Annual administration report of the Civil Veterinary Department of India - 1902-1903
Year: 1902
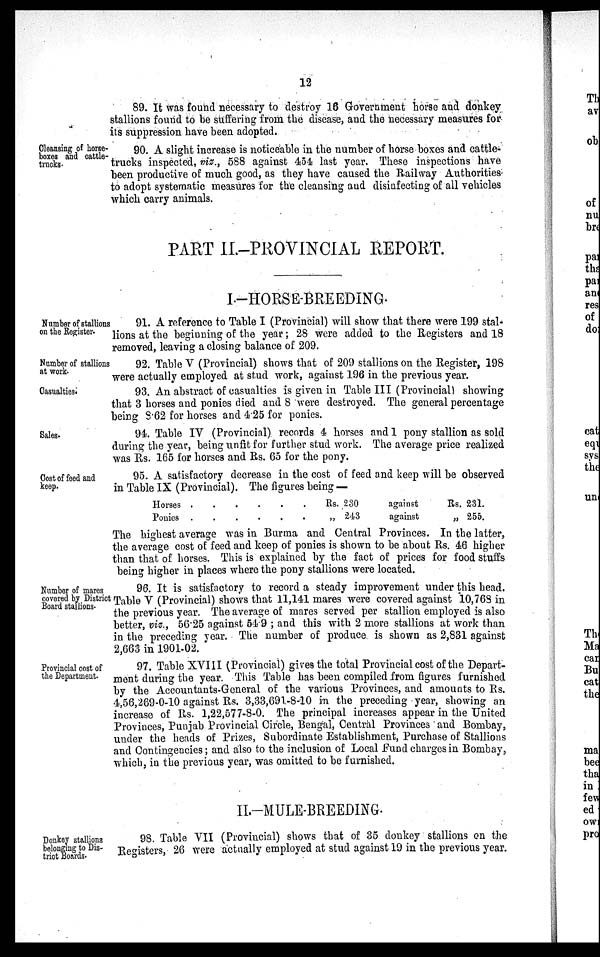
12
89. It was found necessary to destroy 16 Government horse and donkey
stallions found to be suffering from the disease, and the necessary measures for
its suppression have been adopted.
Cleansing of horse-
boxes and cattle-
trucks.
90. A slight increase is noticeable in the number of horse boxes and cattle-
trucks inspected, viz., 588 against 454 last year. These inspections have
been productive of much good, as they have caused the Railway Authorities
to adopt systematic measures for the cleansing and disinfecting of all vehicles
which carry animals.
PART II.-PROVINCIAL REPORT.
I—HORSE-BREEDING.
Number of stallions
on the Register.
91. A reference to Table I (Provincial) will show that there were 199 stal-
lions at the beginning of the year; 28 were added to the Registers and 18
removed, leaving a closing balance of 209.
Number of stallions
at work.
92. Table V (Provincial) shows that of 209 stallions on the Register, 198
were actually employed at stud work, against 196 in the previous year.
Casualties.
93. An abstract of casualties is given in Table III (Provincial) showing
that 3 horses and ponies died and 8 were destroyed. The general percentage
being 8.62 for horses and 4.25 for ponies.
Sales.
94. Table IV (Provincial) records 4 horses and 1 pony stallion as sold
during the year, being unfit for further stud work. The average price realized
was Rs. 165 for horses and Rs. 65 for the pony.
Cost of feed and
keep.
95. A satisfactory decrease in the cost of feed and keep will be observed
in Table IX (Provincial). The figures being —
Horses
Pouies
.
.
.
.
.
.
.
.
.
.
.
Rs. 230
„ 243
against
against
Rs. 231.
„ 255.
The highest average was in Burma and Central Provinces. In the latter,
the average cost of feed and keep of ponies is shown to be about Rs. 46 higher
than that of horses. This is explained by the fact of prices for food stuffs
being higher in places where the pony stallions were located.
Number of mares
covered by District
Board stallions.
96. It is satisfactory to record a steady improvement under this head.
Table V (Provincial) shows that 11,141 mares were covered against 10,768 in
the previous year. The average of mares served per stallion employed is also
better, viz., 56.25 against 54.9 ; and this with 2 more stallions at work than
in the preceding year. The number of produce is shown as 2,831 against
2,663 in 1901-02.
Provincial cost of
the Department.
97. Table XVIII (Provincial) gives the total Provincial cost of the Depart-
ment during the year. This Table has been compiled from figures furnished
by the Accountants-General of the various Provinces, and amounts to Rs.
4,56,269-0-10 against Rs. 3,33,691-8-10 in the preceding year, showing an
increase of Rs. 1,22,577-8-0. The principal increases appear in the United
Provinces, Punjab Provincial Circle, Bengal, Central Provinces and Bombay,
under the heads of Prizes, Subordinate Establishment, Purchase of Stallions
and Contingencies; and also to the inclusion of Local Fund charges in Bombay,
which, in the previous year, was omitted to be furnished.
II.-MULE-BREEDING.
Donkey stallions
belonging to Dis-
trict Boards.
98. Table VII (Provincial) shows that of 35 donkey stallions on the
Registers, 26 were actually employed at stud against 19 in the previous year.